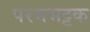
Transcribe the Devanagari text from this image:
परमभट्टक